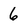
Character: 6